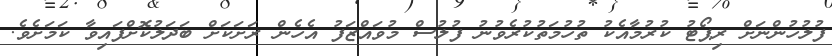
ފުލުހުންނަށް ރިޕޯޓު ކުރުމާއެކު ތުހުމަތުކުރެވުނު ފުލުސް މުވައްޒަފު އެހެން ރަށަކަށް ބަދަލުކޮށްފައިވާ ކަމަށެވެ.